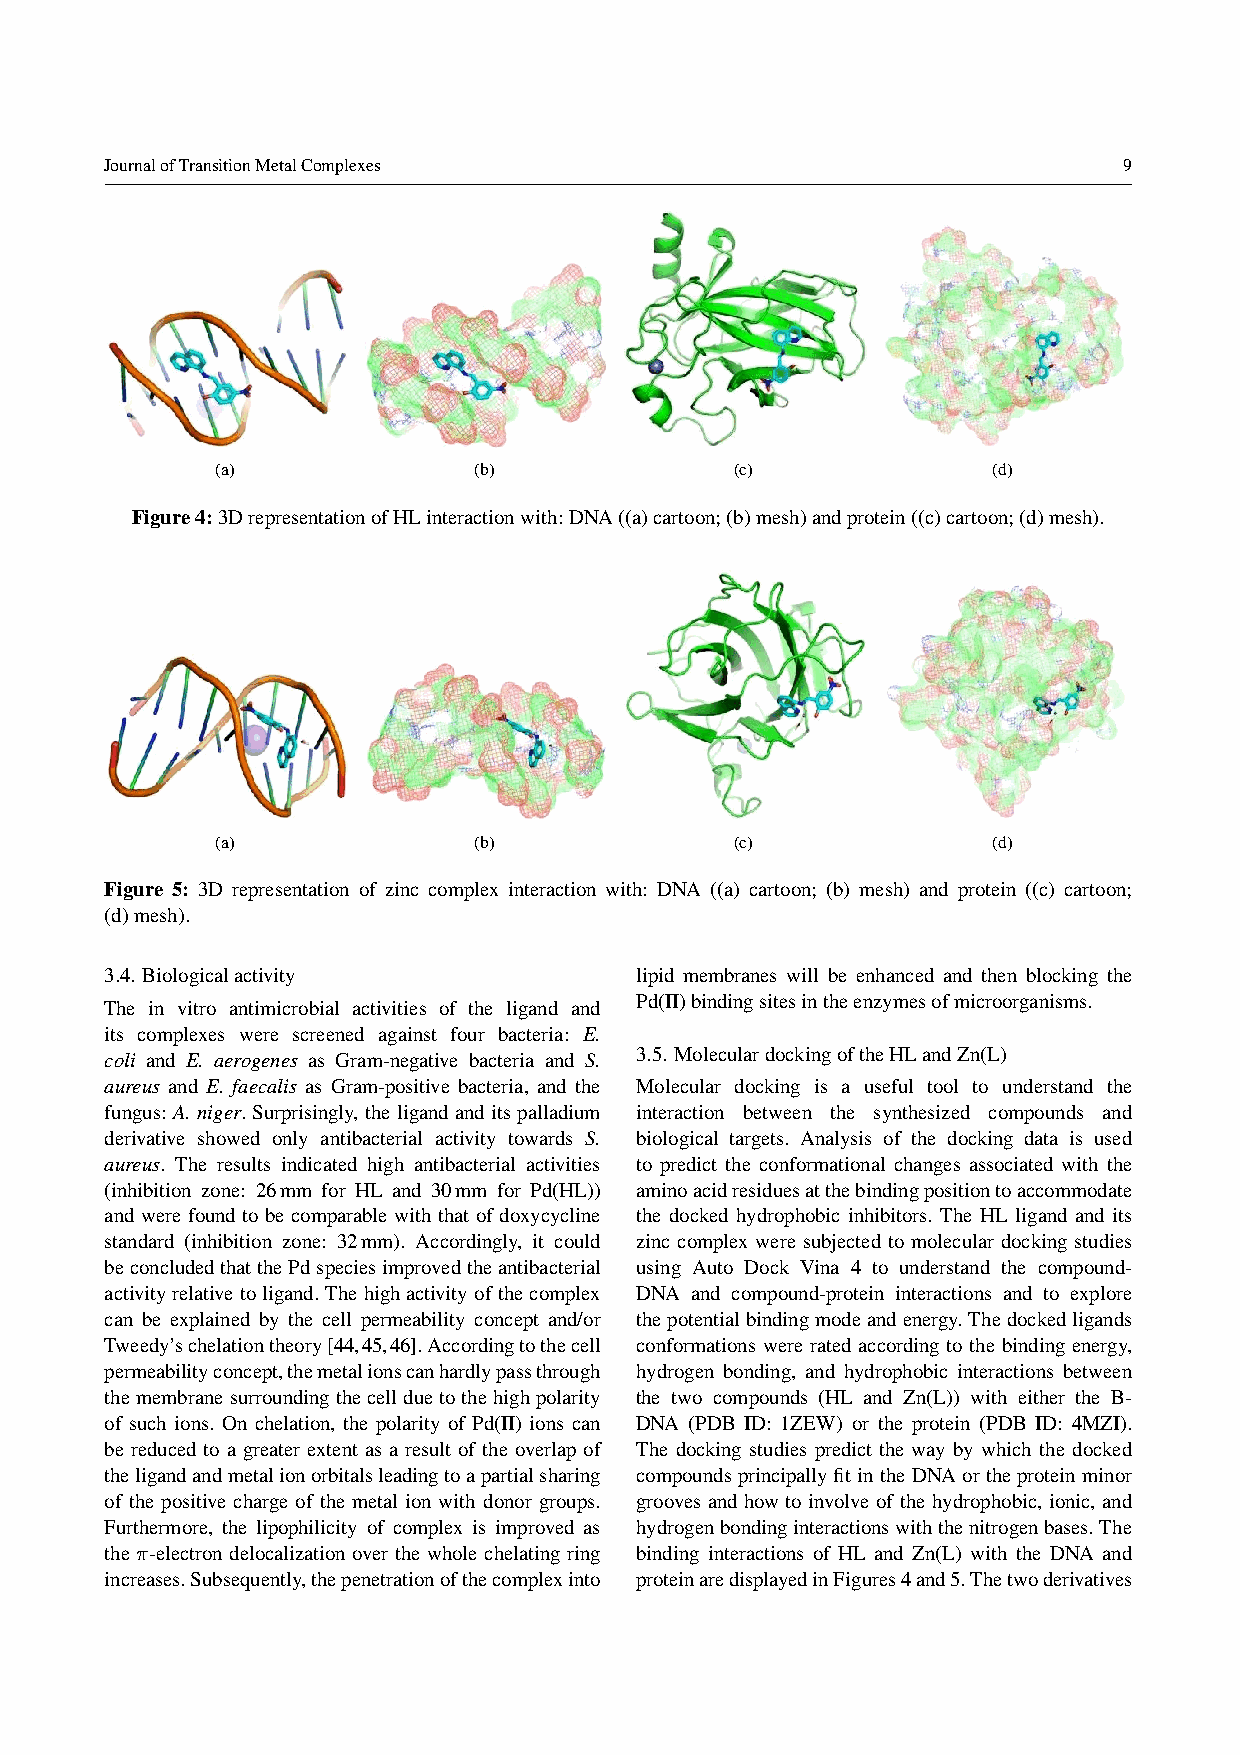
JournalofTransitionMetalComplexes                                  9
 (a)              (b)               (c)              (d)
 Figure4:3DrepresentationofHLinteractionwith:DNA((a)cartoon;(b)mesh)andprotein((c)cartoon;(d)mesh).
 (a)              (b)               (c)              (d)
 Figure 5: 3D representation of zinc complex interaction with: DNA ((a) cartoon; (b) mesh) and protein ((c) cartoon;
 (d)mesh).
 3.4. Biologicalactivity            lipid membranes will be enhanced and then blocking the
 Pd(II)bindingsitesintheenzymesofmicroorganisms.
 The in vitro antimicrobial activities of the ligand and
 its complexes were screened against four bacteria: E.
 coli and E. aerogenes as Gram-negative bacteria and S. 3.5. MoleculardockingoftheHLandZn(L)
 aureus and E. faecalis as Gram-positive bacteria, and the Molecular docking is a useful tool to understand the
 fungus: A. niger. Surprisingly, the ligand and its palladium interaction between the synthesized compounds and
 derivative showed only antibacterial activity towards S. biological targets. Analysis of the docking data is used
 aureus. The results indicated high antibacterial activities to predict the conformational changes associated with the
 (inhibition zone: 26mm for HL and 30mm for Pd(HL)) aminoacidresiduesatthebindingpositiontoaccommodate
 and were found to be comparable with that of doxycycline the docked hydrophobic inhibitors. The HL ligand and its
 standard (inhibition zone: 32mm). Accordingly, it could zinc complex were subjected to molecular docking studies
 beconcludedthatthePdspeciesimprovedtheantibacterial using Auto Dock Vina 4 to understand the compound-
 activityrelativetoligand.Thehighactivityofthecomplex DNA and compound-protein interactions and to explore
 can be explained by the cell permeability concept and/or thepotentialbindingmodeandenergy.Thedockedligands
 Tweedy’schelationtheory[44,45,46].Accordingtothecell conformations were rated according to the binding energy,
 permeabilityconcept,themetalionscanhardlypassthrough hydrogen bonding, and hydrophobic interactions between
 themembranesurroundingthecellduetothehighpolarity the two compounds (HL and Zn(L)) with either the B-
 of such ions. On chelation, the polarity of Pd(II) ions can DNA (PDB ID: 1ZEW) or the protein (PDB ID: 4MZI).
 be reduced to a greater extent as a result of the overlap of The docking studies predict the way by which the docked
 theligandandmetalionorbitalsleadingtoapartialsharing compounds principally fit inthe DNA or the protein minor
 of the positive charge of the metal ion with donor groups. grooves and how to involve of the hydrophobic, ionic, and
 Furthermore, the lipophilicity of complex is improved as hydrogenbondinginteractionswiththenitrogenbases.The
 the π-electron delocalization over the whole chelating ring binding interactions of HL and Zn(L) with the DNA and
 increases.Subsequently,thepenetrationofthecomplexinto proteinaredisplayedinFigures4and5.Thetwoderivatives